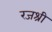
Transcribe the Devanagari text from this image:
रजश्री